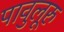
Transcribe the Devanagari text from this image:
पावुलूरु